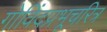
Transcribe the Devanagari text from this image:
गोविंदप्रभूचरित्र